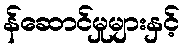
န်ဆောင်မှုများနှင့်